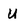
Character: U